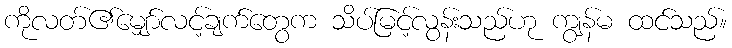
ကိုလတ်၏မျှော်လင့်ချက်တွေက သိပ်မြင့်လွန်းသည်ဟု ကျွန်မ ထင်သည်။